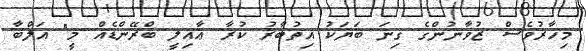
މިހާރުވެސް ޒުވާނުންގެ ގިނަ ބަޔަކު އިތުބާރު ކުރާ ޢާއިލީ ބްރޭންޑެއް މީ" އަލްބާ